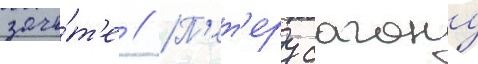
зачё́т'е // П'ет'еру сагану